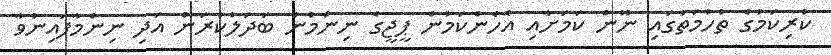
ކުރިކަމުގެ ތުހުމަތުގައި ނޫން ކަމަށާއި އެހެންކަމުން ޕީޖީގެ ނިންމުން ބަދަލުކުރަން އަދި ނިންމާފައިނުވާ